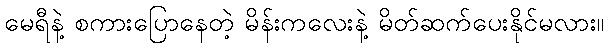
မေရီနဲ့ စကားပြောနေတဲ့ မိန်းကလေးနဲ့ မိတ်ဆက်ပေးနိုင်မလား။